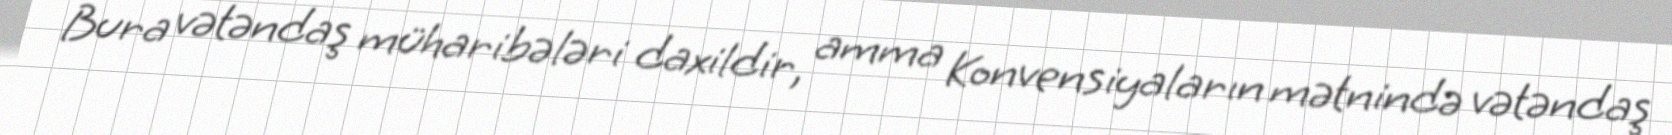
Bura vətəndaş müharibələri daxildir, amma Konvensiyaların mətnində vətəndaş